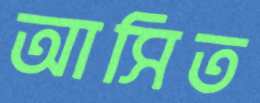
আসিত